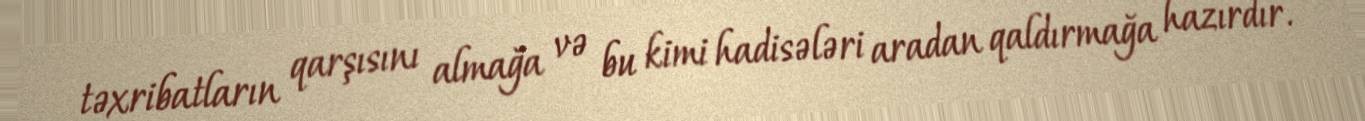
təxribatların qarşısını almağa və bu kimi hadisələri aradan qaldırmağa hazırdır.